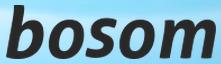
bosom